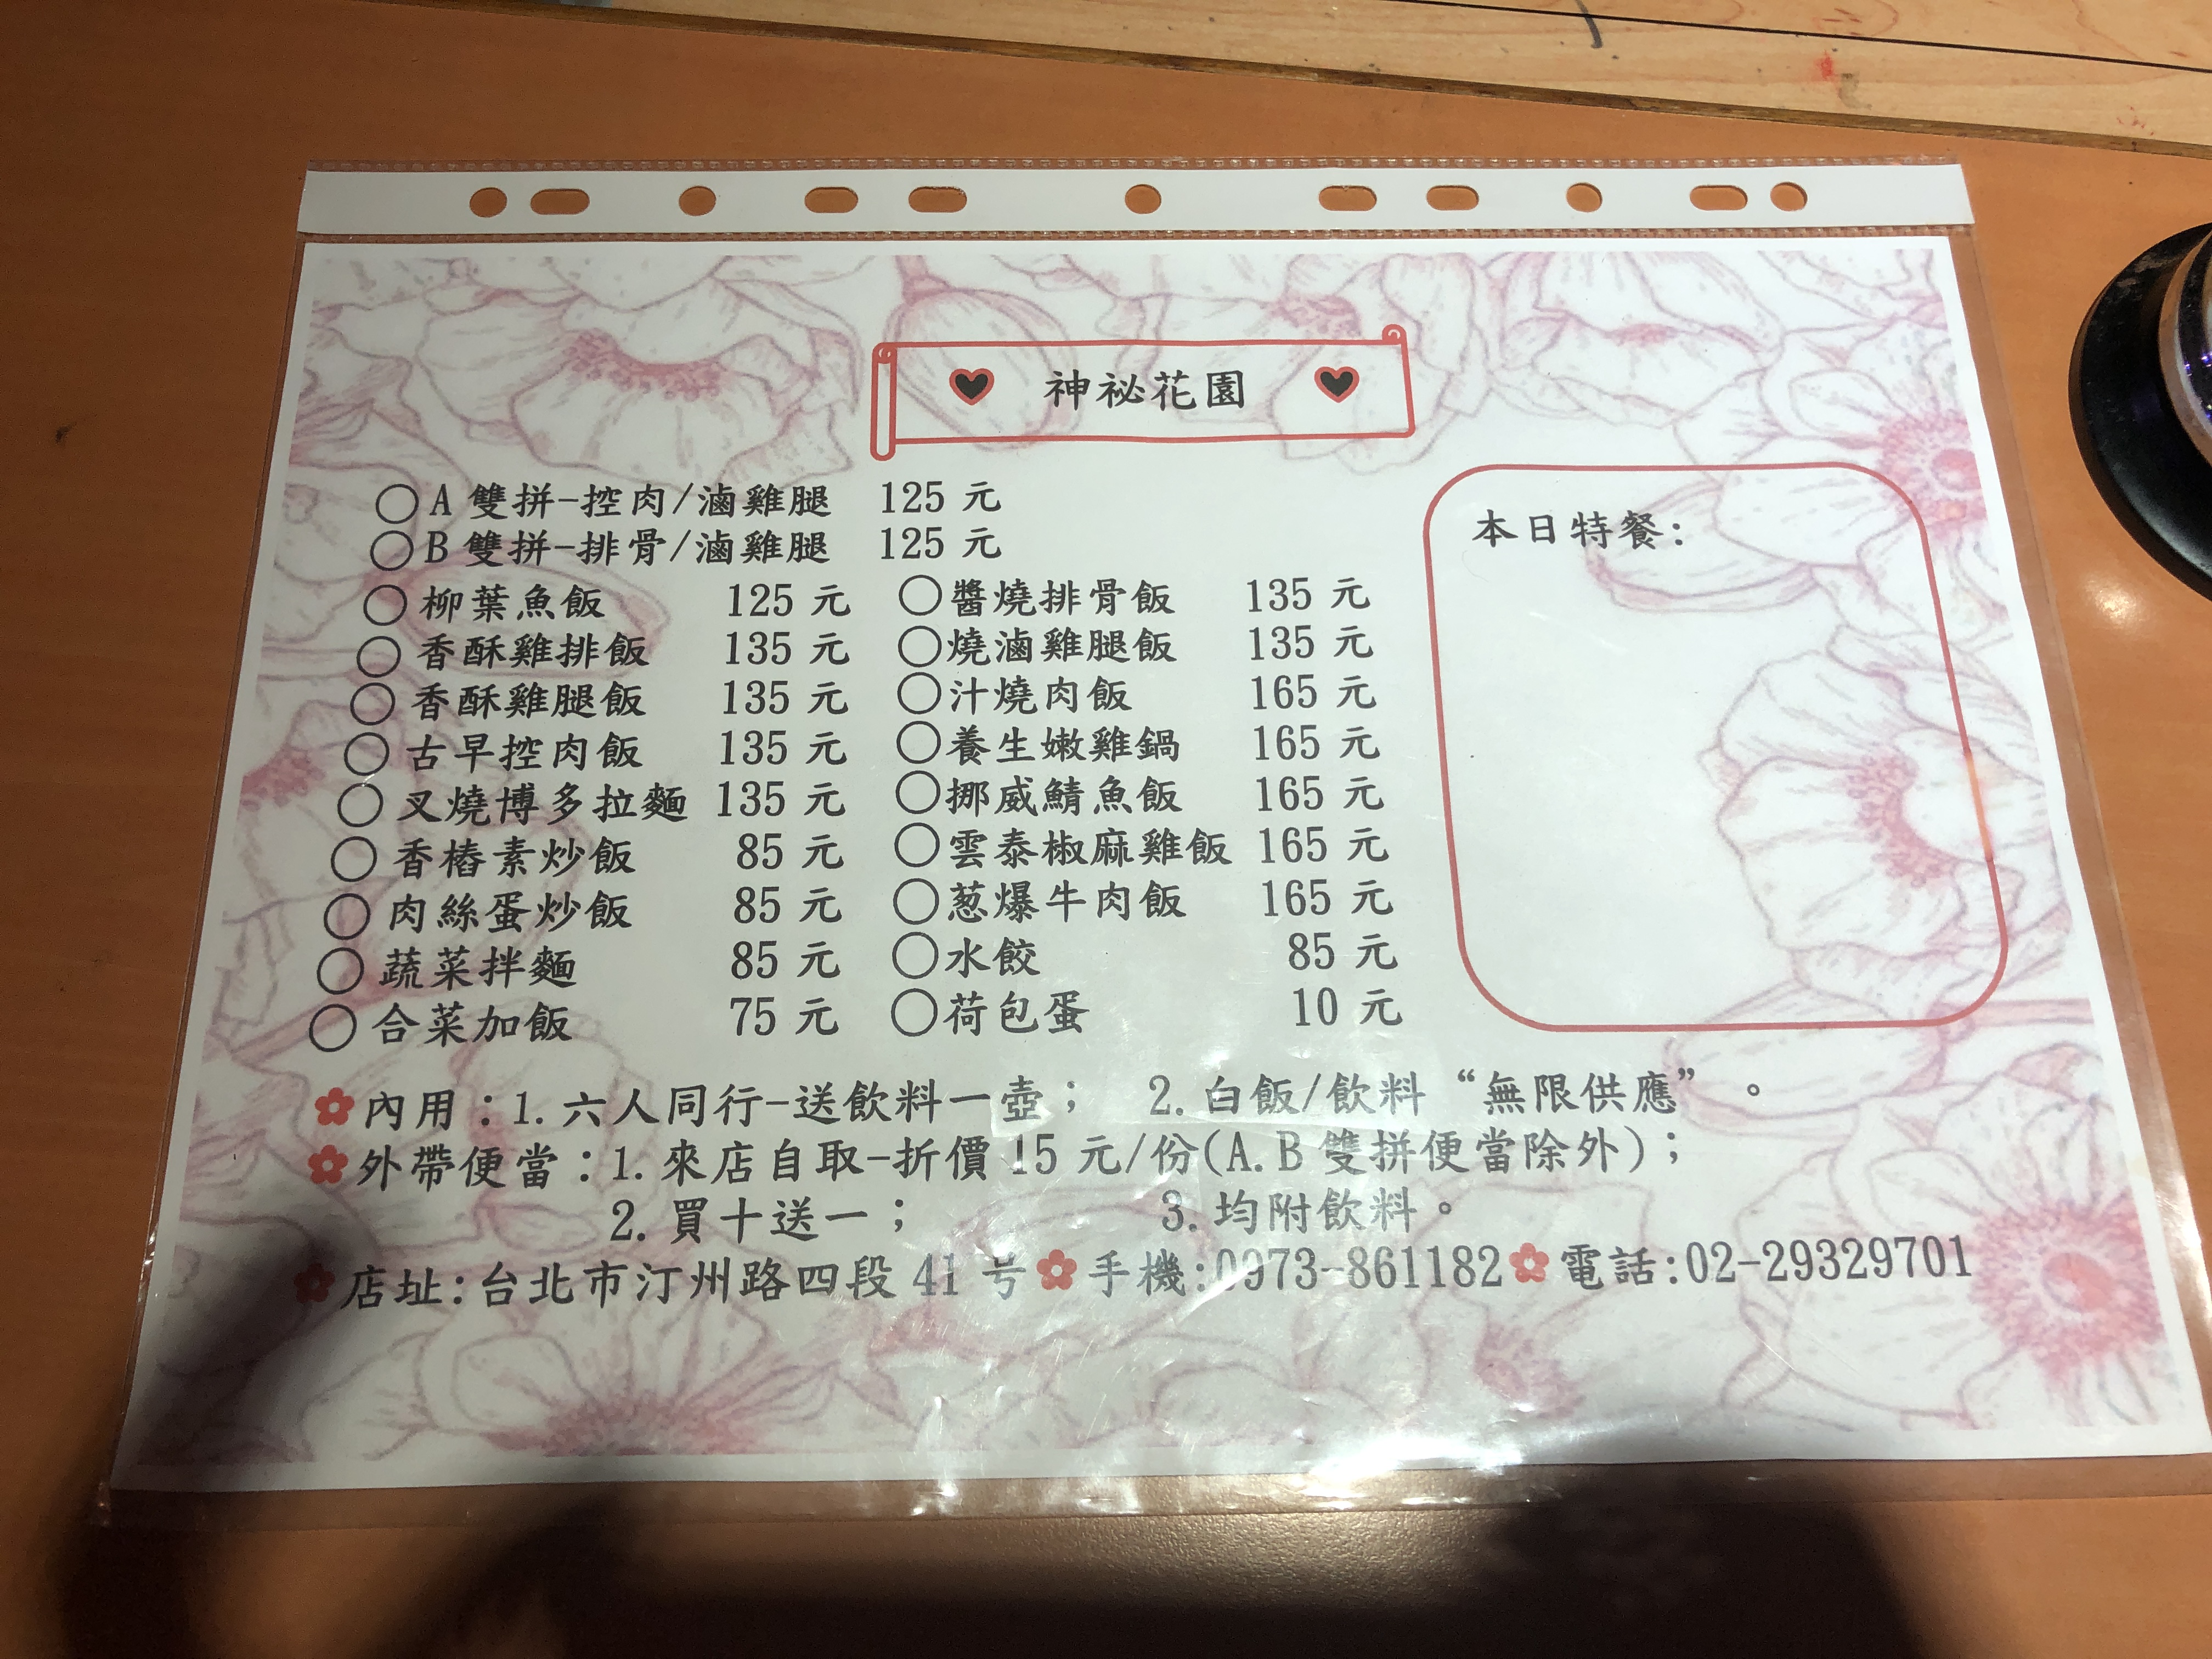
餐廳：神秘花園
地址：台北市汀州路四段41號
電話：0973-861182; 02-29329701
菜單：
name: A雙拼-控肉/滷雞腿
price: 125元
name: B雙拼-排骨/滷雞腿
price: 125元
name: 柳葉魚飯
price: 125元
name: 香酥雞排飯
price: 135元
name: 香酥雞腿飯
price: 135元
name: 古早控肉飯
price: 135元
name: 叉燒博多拉麵
price: 135元
name: 香椿素炒飯
price: 85元
name: 肉絲蛋炒飯
price: 85元
name: 蔬菜拌麵
price: 85元
name: 合菜加飯
price: 75元
name: 醬燒排骨
price: 135元
name: 燒滷雞腿飯
price: 135元
name: 汁燒肉飯
price: 165元
name: 養生嫩雞鍋
price: 165元
name: 挪威鯖魚飯
price: 165元
name: 雲泰椒麻雞飯
price: 165元
name: 蔥爆牛肉飯
price: 165元
name: 水餃
price: 85元
name: 荷包蛋
price: 10元